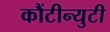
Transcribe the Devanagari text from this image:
कौंटीन्युटी